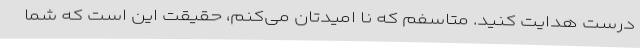
درست هدایت کنید. متاسفم که نا امیدتان می‌کنم، حقیقت این است که شما